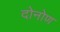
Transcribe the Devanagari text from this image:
दोनोण